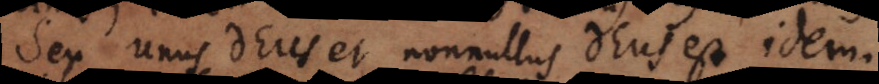
Seu unus Deus et nonnullus Deus est idem.